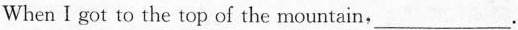
When I got to the top of the mountain，\underline。